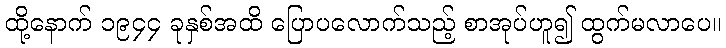
ထို့နောက် ၁၉၄၄ ခုနှစ်အထိ ပြောပလောက်သည့် စာအုပ်ဟူ၍ ထွက်မလာပေ။